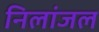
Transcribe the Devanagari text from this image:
निलांजल